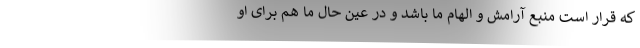
که قرار است منبع آرامش و الهام ما باشد و در عین حال ما هم برای او